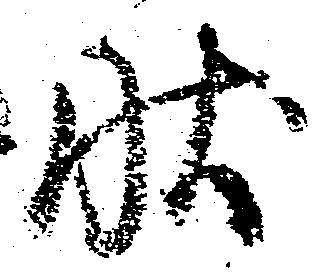
状